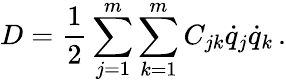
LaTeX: D={\frac{1}{2}}\sum_{j=1}^{m}\sum_{k=1}^{m}C_{jk}{\dot{q}}_{j}{\dot{q}}_{k}\, .